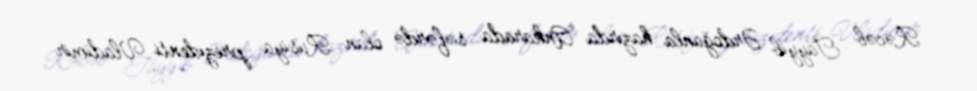
Rəcəb Tayyib Ərdoğanla hazırda Ankarada səfərdə olan Rusiya prezidenti Vladimir